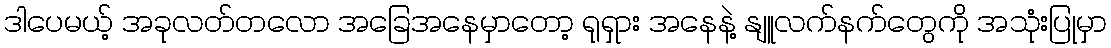
ဒါပေမယ့် အခုလတ်တလော အခြေအနေမှာတော့ ရုရှား အနေနဲ့ နျူလက်နက်တွေကို အသုံးပြုမှာ